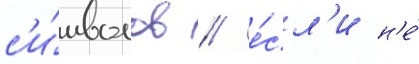
с'и́мволов / е́сл'и н'е́